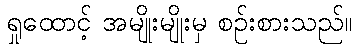
ရှုထောင့် အမျိုးမျိုးမှ စဉ်းစားသည်။